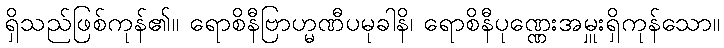
ရှိသည်ဖြစ်ကုန်၏။ ရောစိနီဗြာဟ္မဏီပမုခါနိ၊ ရောစိနီပုဏ္ဏေးအမှူးရှိကုန်သော။